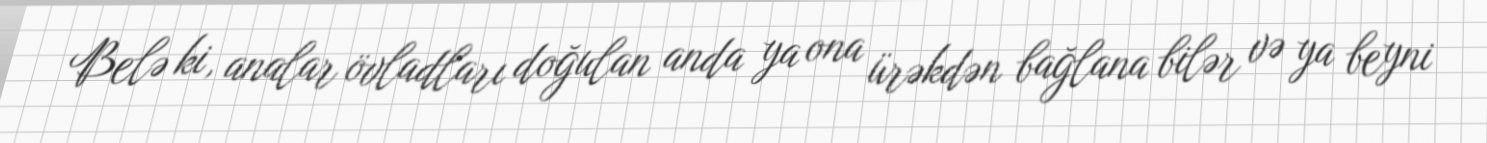
Belə ki, analar övladları doğulan anda ya ona ürəkdən bağlana bilər və ya beyni